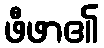
ဖီဖာ၏